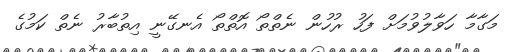
މަގާމާ ހަވާލުވުމަށް ފަހު ރުހުން ނެތްތޯ އޮތްތޯ އެނގޭނީ އިތުބާރު ނެތް ކަމުގެ